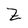
Character: Z